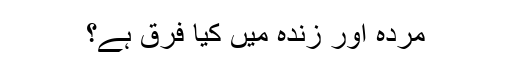
مُردہ اور زندہ میں کیا فرق ہے؟